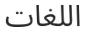
اللغات